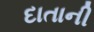
દાતાની